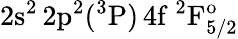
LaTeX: \mathrm{2s^{2}\, 2p^{2}(^{3}P)\, 4f~^{2}F_{5/2}^{o}}